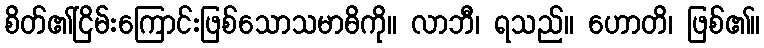
စိတ်၏ငြိမ်းကြောင်းဖြစ်သောသမာဓိကို။ လာဘီ၊ ရသည်။ ဟောတိ၊ ဖြစ်၏။